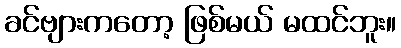
ခင်ဗျားကတော့ ဖြစ်မယ် မထင်ဘူး။